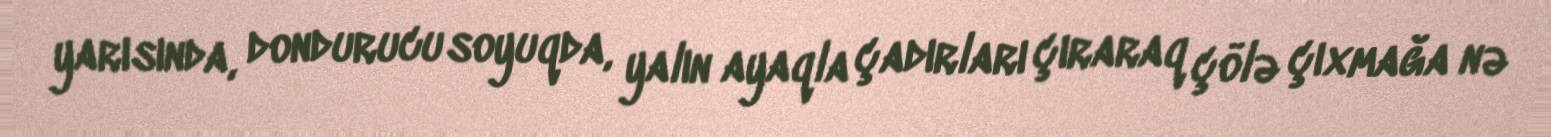
yarısında, dondurucu soyuqda, yalın ayaqla çadırları çıraraq çölə çıxmağa nə